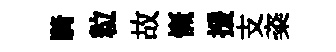
騎粒故慨援支粢